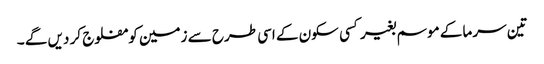
تین سرما کے موسم بغیر کسی سکون کے اسی طرح سے زمین کو مفلوج کر دیں گے ۔